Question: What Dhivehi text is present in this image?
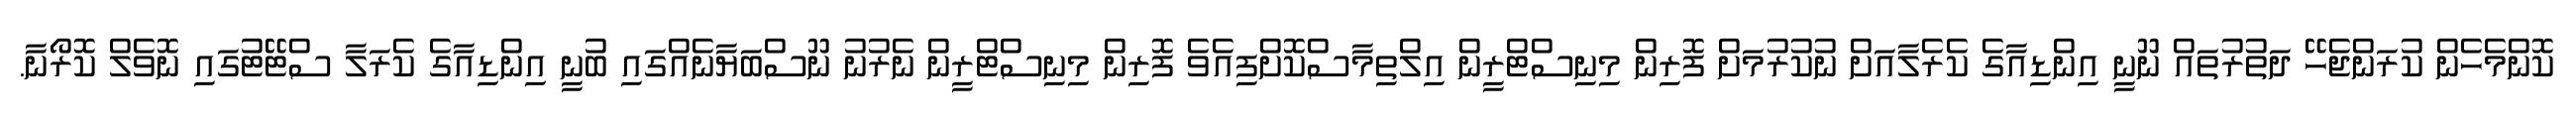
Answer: ކޮންމެހެން ކުރަންޖެހޭ ދަތުރުތައް ނޫނީ އިންޑިއާގެ ކެރެލާއަށް ނުކުރުމަށް ފޮރިން މިނިސްޓްރީން އިލްތިމާސްކޮށްފިއެވެ ފޮރިން މިނިސްޓްރީން ނެރުނު ނޫސްބަޔާނެއްގައި ބުނީ އިންޑިއާގެ ކެރަލާ ސްޓޭޓުގައި ނޮވެލް ކޮރޯނާ.